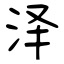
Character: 泽